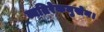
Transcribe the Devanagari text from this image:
व्यतिरेकमुखेन।